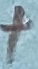
Text: +